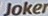
Joker